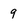
Character: 9